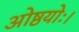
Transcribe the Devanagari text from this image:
ओष्ठयोः।